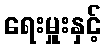
ရေးမှူးနှင့်